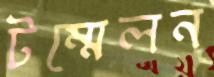
টম্মেলন